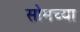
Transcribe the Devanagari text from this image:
सोमच्या